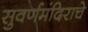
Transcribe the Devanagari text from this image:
सुवर्णमंदिराचे